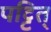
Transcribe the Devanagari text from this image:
पट्टित्